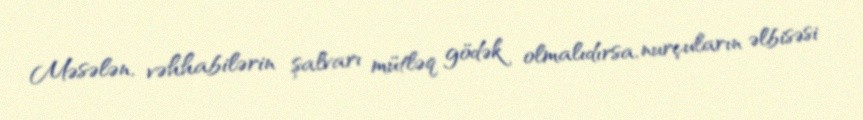
Məsələn, vəhhabilərin şalvarı mütləq gödək olmalıdırsa, nurçuların əlbisəsi